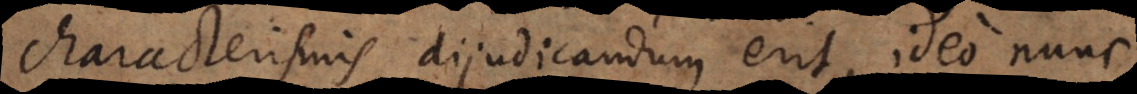
characterismis dijudicandum erit, ideo nunc